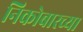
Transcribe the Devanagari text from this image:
निकोबारच्या